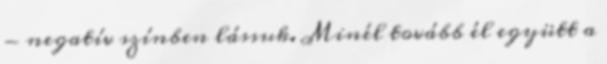
- negatív színben lássuk. Minél tovább él együtt a